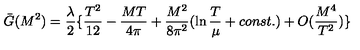
\bar { G } ( M ^ { 2 } ) = { \frac { \lambda } { 2 } } \{ { \frac { T ^ { 2 } } { 1 2 } } - { \frac { M T } { 4 \pi } } + { \frac { M ^ { 2 } } { 8 \pi ^ { 2 } } } ( \ln { \frac { T } { \mu } } + c o n s t . ) + O ( { \frac { M ^ { 4 } } { T ^ { 2 } } } ) \}